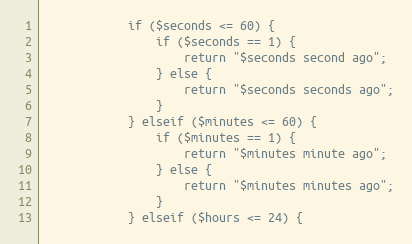
Language: PHP
            if ($seconds <= 60) {
                if ($seconds == 1) {
                    return "$seconds second ago";
                } else {
                    return "$seconds seconds ago";
                }
            } elseif ($minutes <= 60) {
                if ($minutes == 1) {
                    return "$minutes minute ago";
                } else {
                    return "$minutes minutes ago";
                }
            } elseif ($hours <= 24) {